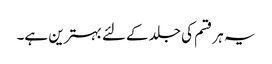
یہ ہر قسم کی جلد کےلئے بہترین ہے۔